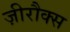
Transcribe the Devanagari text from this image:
ज़ीरौक्स